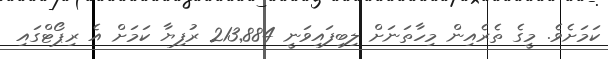
ކަމަށެވެ. މީގެ ތެރެއިން މިހާތަނަށް ލިބިފައިވަނީ 213